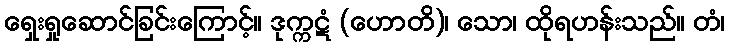
ရှေးရှုဆောင်ခြင်းကြောင့်။ ဒုက္ကဋံ (ဟောတိ)၊ သော၊ ထိုရဟန်းသည်။ တံ၊